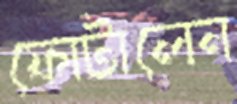
ফোটালেন